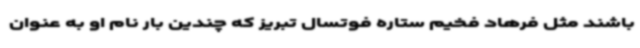
باشند مثل فرهاد فخیم ستاره فوتسال تبریز که چندین بار نام او به عنوان